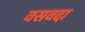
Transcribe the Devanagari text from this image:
वसवदा